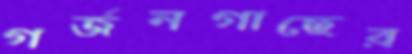
গর্জনগাছের